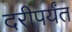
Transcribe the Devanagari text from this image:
दरीपर्यंत